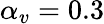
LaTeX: \alpha_{v}=0.3